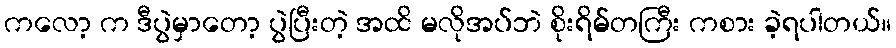
ကလော့ က ဒီပွဲမှာတော့ ပွဲပြီးတဲ့ အထိ မလိုအပ်ဘဲ စိုးရိမ်တကြီး ကစား ခဲ့ရပါတယ်။